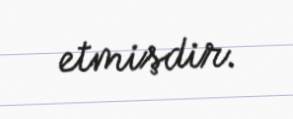
etmişdir.